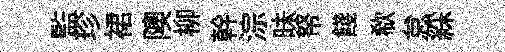
監珍裙隩柳幹淙昧帑餞欷怠綵